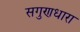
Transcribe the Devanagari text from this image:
सगुणधारा